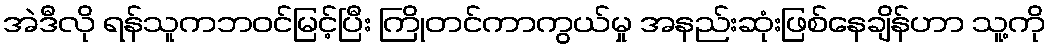
အဲဒီလို ရန်သူကဘဝင်မြင့်ပြီး ကြိုတင်ကာကွယ်မှု အနည်းဆုံးဖြစ်နေချိန်ဟာ သူ့ကို